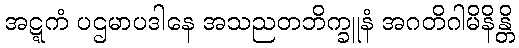
အဋ္ဋကံ ပဌမာပဒါနေ အသညတဘိက္ခူနံ အဂတိဂါမိနိန္တိ